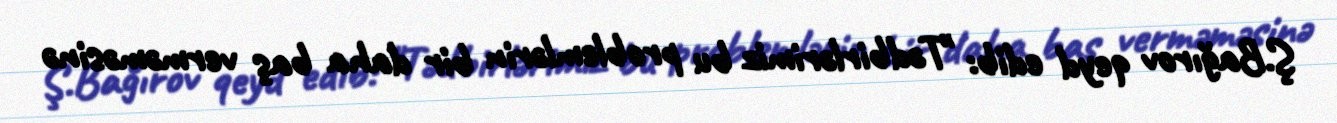
Ş.Bağırov qeyd edib: "Tədbirlərimiz bu problemlərin bir daha baş verməməsinə